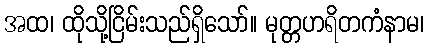
အထ၊ ထိုသို့ငြိမ်းသည်ရှိသော်။ မုတ္တဟရိတကံနာမ၊